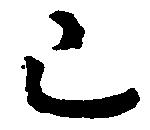
已